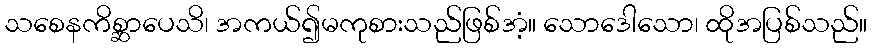
သစေနကိစ္ဆာပေသိ၊ အကယ်၍မကုစားသည်ဖြစ်အံ့။ သောဒေါသော၊ ထိုအပြစ်သည်။